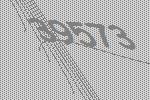
39573